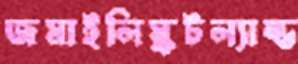
জমাইলিস্কটল্যাল্ড